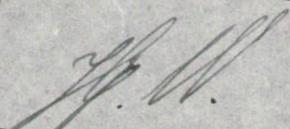
Hj.W.